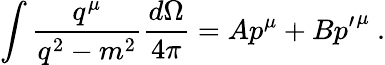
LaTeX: \int{\frac{q^{\mu}}{q^{2}-m^{2}}}{\frac{d\Omega}{4\pi}}=Ap^{\mu}+B{p^{\prime}}^{\mu}\ .